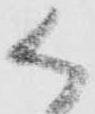
被